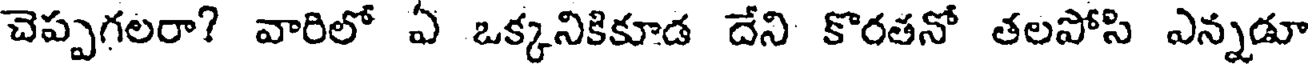
చెప్పగలరా? వారిలో ఏ ఒక్కనికికూడ దేని కొరతనో తలపోసి ఎన్నడూ